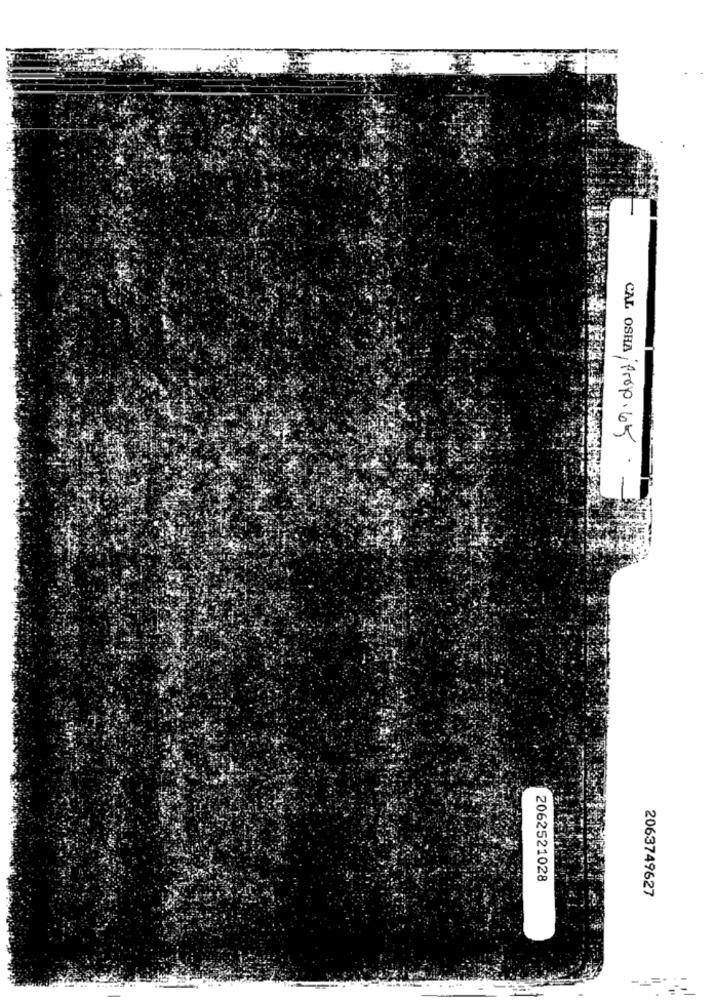
CAL OSHA Prop. 65
2062521028
2063749627